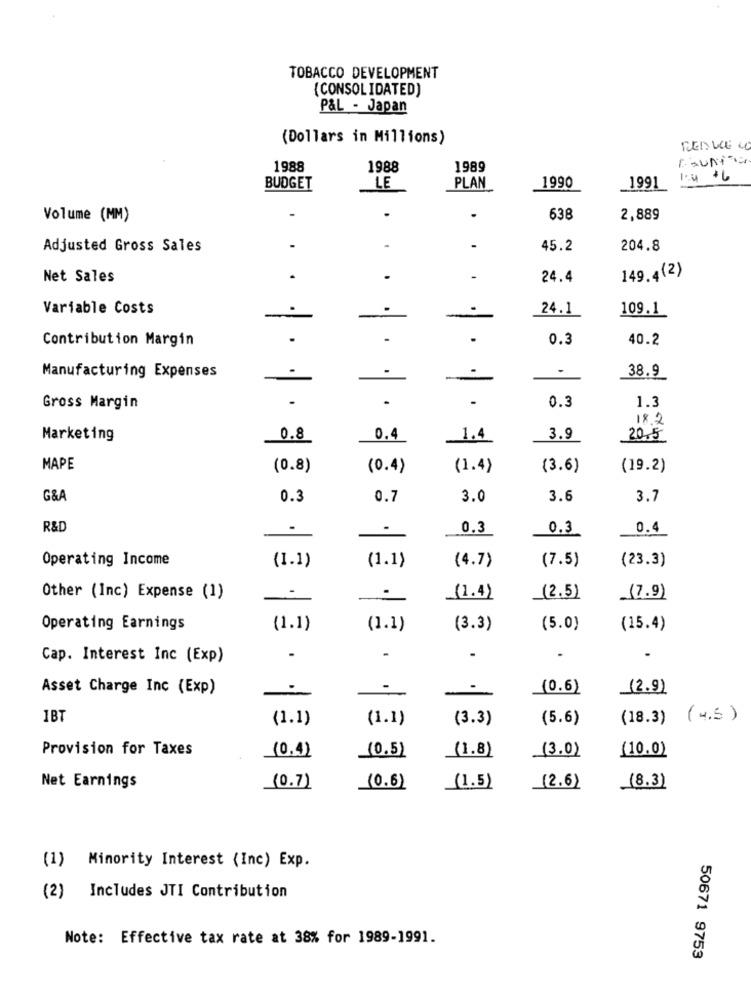
TOBACCO DEVELOPMENT
(CONSOLIDATED)
P&L - Japan
(Dollars in Millions)
REDUCE 4
Asunto
1988
1988
1989
1:4 $6
BUDGET
LE
PLAN
1990
_1991
.
Volume (MM)
638
2,889
Adjusted Gross Sales
45.2
204.8
Net Sales
.
.
24.4
149.4(2)
Variable Costs
-
24.1
109.1
Contribution Margin
.
.
.
0.3
40.2
.
.
Manufacturing Expenses
-
-
38.9
.
0.3
Gross Margin
.
1.3
18.2
Marketing
0
CO
0.4
1.4
3.9
20.5
MAPE
(0.8)
(0.4)
(1.4)
(3.6)
(19.2)
G&A
0.3
0.7
3.0
3.6
3.7
R&D
.
0.3
0.3
0.4
Operating Income
(1.1)
(1.1)
(4.7)
(7.5)
(23.3)
.
Other (Inc) Expense (1)
(1.4)
(2.5)
(7.9)
Operating Earnings
(1.1)
(1.1)
(3.3)
(5.0)
(15.4)
Cap. Interest Inc (Exp)
.
.
Asset Charge Inc (Exp)
-
(0.6)
(2.9)
1B7
(1.1)
(1.1)
(3.3)
(5.6)
(18.3) (4.5)
Provision for Taxes
(10.0)
(0.4)
(0.5)
(1.8)
(3.0)
Net Earnings
(0.7)
(0.6)
(1.5)
(2.6)
(8.3)
(1)
Minority Interest (Inc) Exp.
(2)
Includes JTI Contribution
Note: Effective tax rate at 38% for 1989-1991.
50671 9753